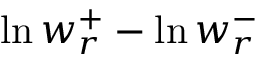
\ln w _ { r } ^ { + } - \ln w _ { r } ^ { - }